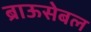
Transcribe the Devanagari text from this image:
ब्राऊसेबल